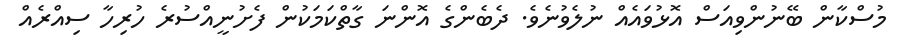
މުސްކާން ބޭނުންވިއަސް އޮޅުވައެއް ނުލެވުނެވެ. ދެބެންގެ އޮންނަ ގާތްކަމަކުން ފެށުނީއްސުރެ ހުރިހާ ސިއްރެއް